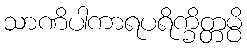
သာဏိပါကာရပရိက္ခိတ္တမ္ပိ